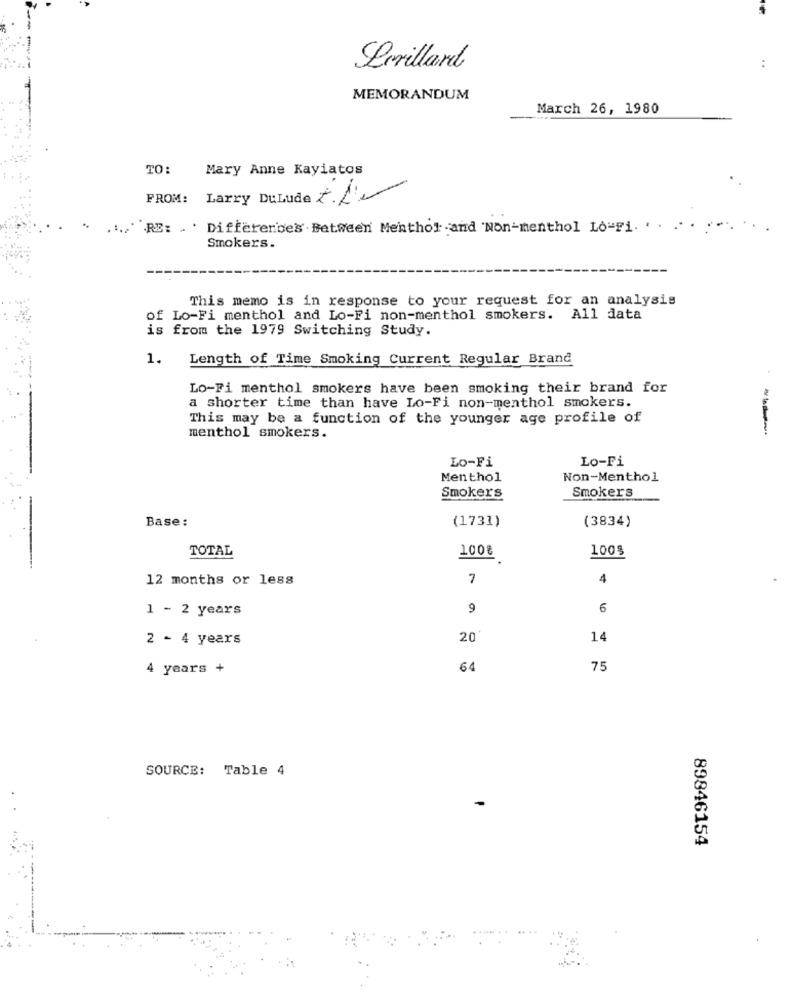
Perillard
..
MEMORANDUM
March 26, 1980
TO:
Mary Anne Kayiatos
FROM:
Larry DuLude 2.L'e
RE: . ' Differences Between Menthol and 'Non-menthol Lo-Fi.
Smokers.
This memo is in response to your request for an analysis
of Lo-Fi menthol and Lo-Fi non-menthol smokers. All data
is from the 1979 Switching Study.
1.
Length of Time Smoking Current Regular Brand
Lo-Fi menthol smokers have been smoking their brand for
a shorter time than have Lo-Fi non-menthol smokers.
This may be a function of the younger age profile of
menthol smokers.
Lo-Fi
Lo-Fi
Menthol
Non-Menthol
Smokers
Smokers
Base:
(1731)
(3834)
TOTAL
100%
100$
12 months or less
7
4
1 - 2 years
9
6
2 - 4 years
20
14
4 years +
64
75
SOURCE: Table 4
89846154